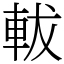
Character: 軷